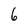
Character: 6